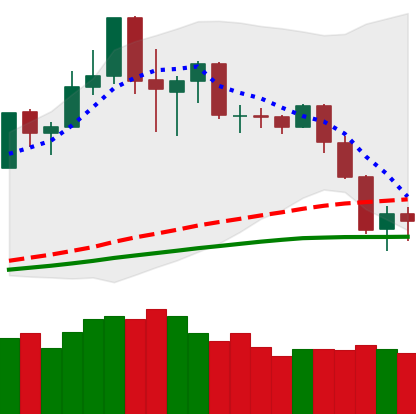
Ticker: NEO-USD
Chart end date: 2020-02-28
Forward return: 4.285%
Label: up_3_5